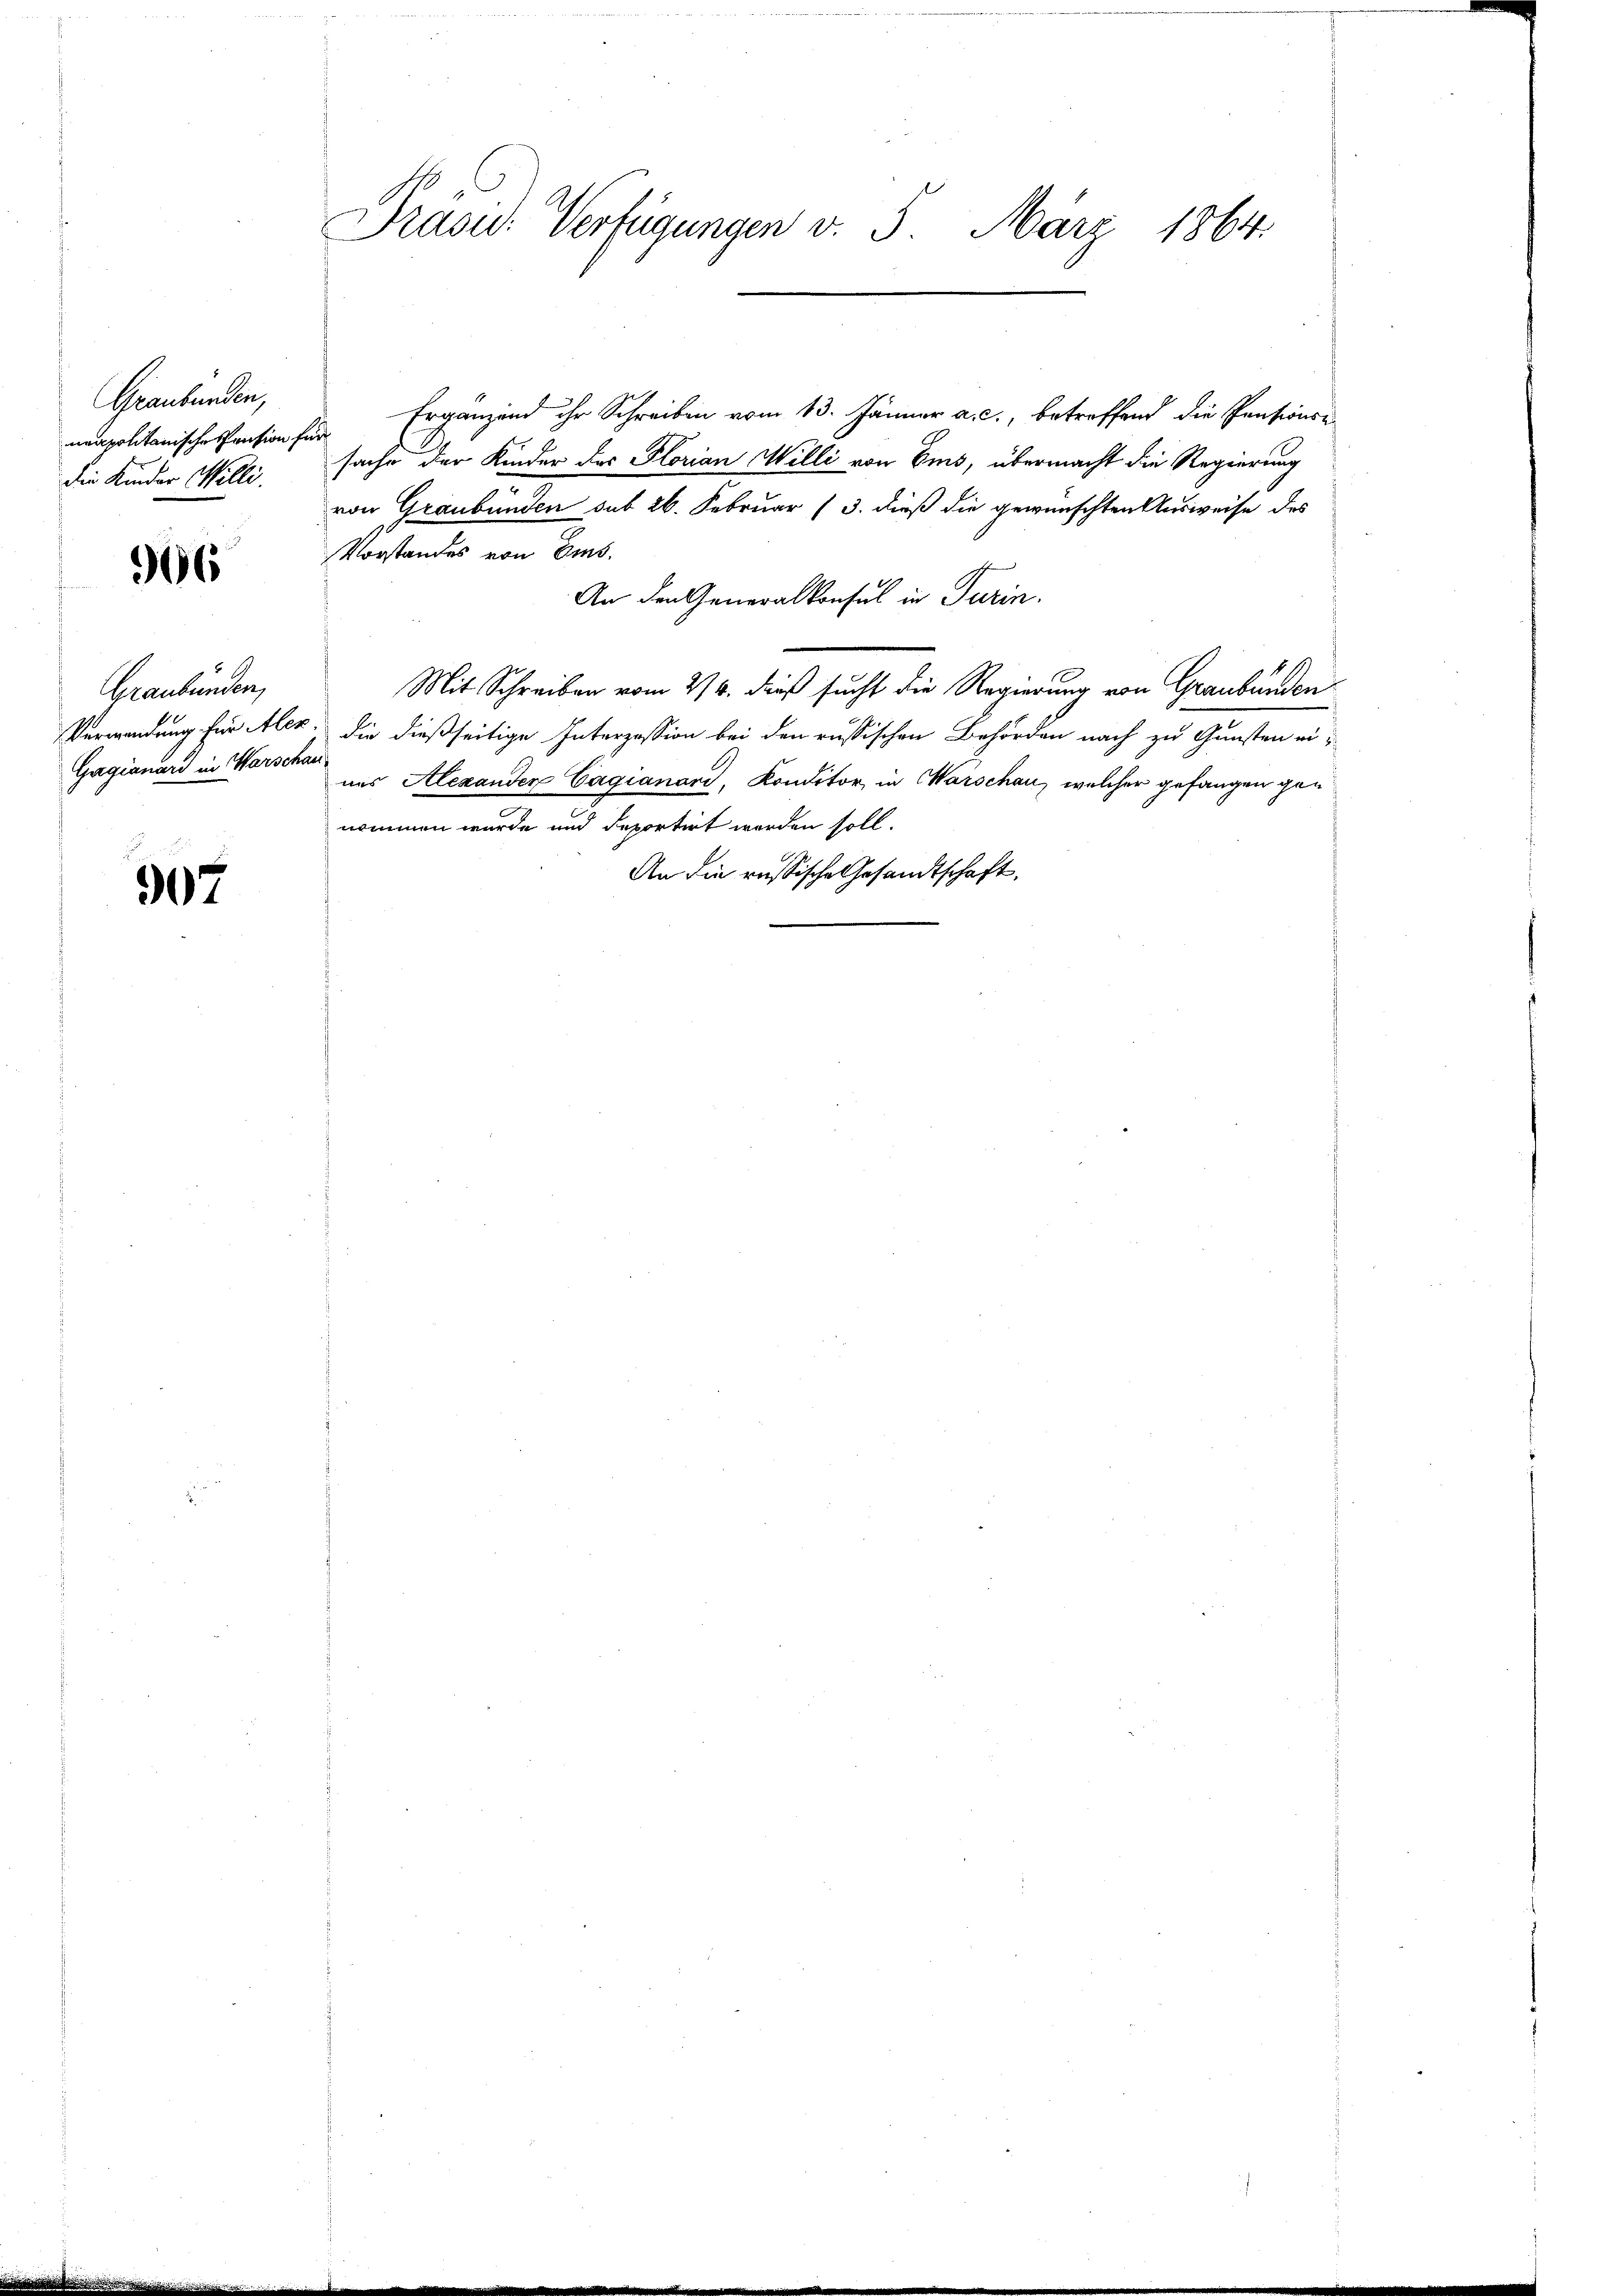
Graubünden,
neapolitanische Pension für
die Kinder Willi

966

Graubünden,
Gagianard in Warschau

907

Präsid. Verfügungen v. 5. März 1864.

Ergänzend ihr Schreiben vom 13. Jänner a. c., betreffend die Pensionsu
sache der Kinder des Florian Willi von Ems, übermacht die Regierung
von Graubünden sub 26. Februar (3. dieß die gewünschten Ausweise des
Vorstandes von Ems.
An den Generalkonsul in Turin.
Mit Schreiben vom 24. dieß sucht die Regierung von Graubünden
Verwendung für Aler; die dießseitige Interzession bei den russischen Behörden nach zu Gunsten ei
aus Alexanden Cagianand, Konditor, in Warschau, welcher gefangen gan
nommen wurde und deportirt werden soll.
An die russische Gesandtschaft,